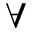
\forall